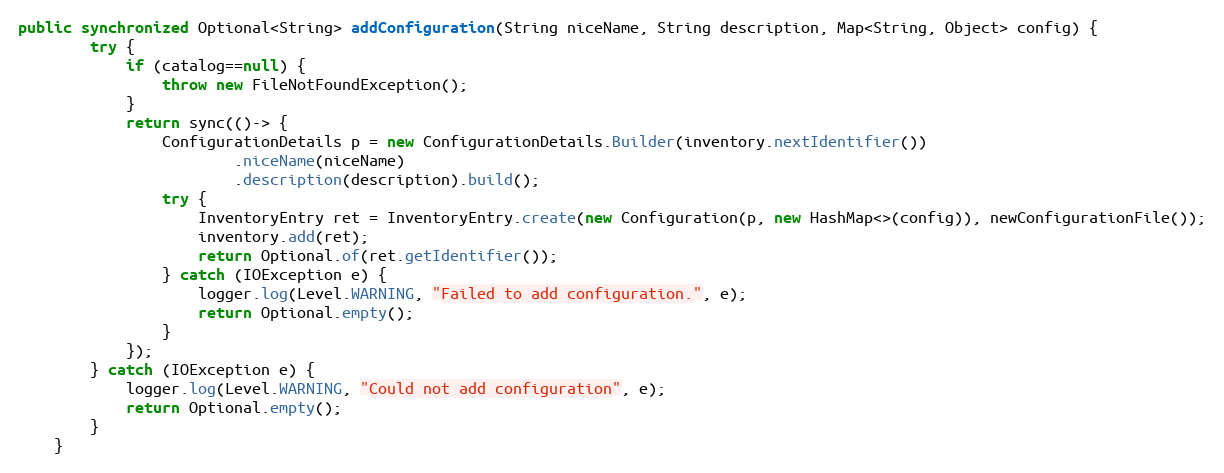
Language: Java
public synchronized Optional<String> addConfiguration(String niceName, String description, Map<String, Object> config) {
		try {
			if (catalog==null) {
				throw new FileNotFoundException();
			}
			return sync(()-> {
				ConfigurationDetails p = new ConfigurationDetails.Builder(inventory.nextIdentifier())
						.niceName(niceName)
						.description(description).build();
				try {
					InventoryEntry ret = InventoryEntry.create(new Configuration(p, new HashMap<>(config)), newConfigurationFile());
					inventory.add(ret);
					return Optional.of(ret.getIdentifier());
				} catch (IOException e) {
					logger.log(Level.WARNING, "Failed to add configuration.", e);
					return Optional.empty();
				}
			});
		} catch (IOException e) {
			logger.log(Level.WARNING, "Could not add configuration", e);
			return Optional.empty();
		}
	}